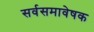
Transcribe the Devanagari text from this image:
सर्वसमावेषक